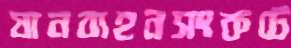
যানবাহনসংকটে